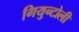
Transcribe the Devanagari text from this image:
गियुन्टोली